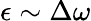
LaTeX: \epsilon\sim\Delta\omega